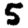
Digit: 5